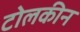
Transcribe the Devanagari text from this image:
टोलकीन